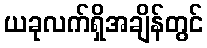
ယခုလက်ရှိအချိန်တွင်